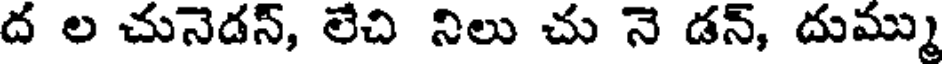
ద ల చునెడన్, లేచి నిలు చు నె డన్, దుమ్ము